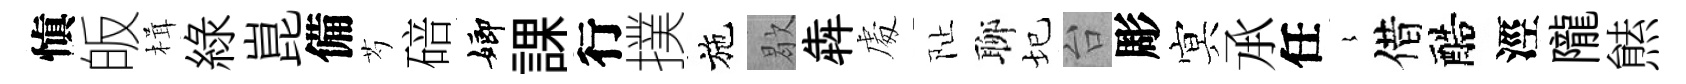
愼皈楫綠崑備芍碚嫏課行撲施歇犇䖏阯聊圮台彫㝠𠄘任𡻕借醅涇隴㷱